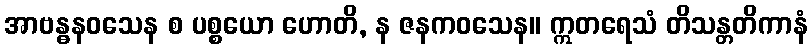
အာဗန္ဓနဝသေန စ ပစ္စယော ဟောတိ, န ဇနကဝသေန။ ဣတရေသံ တိသန္တတိကာနံ